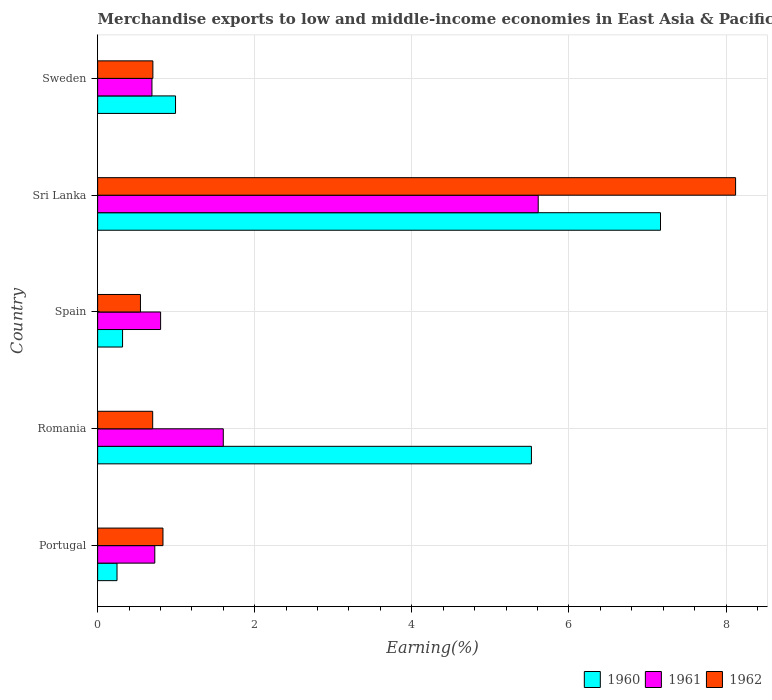
| Country | 1960 | 1961 | 1962 |
 | --- | --- | --- | --- |
 | Portugal | 0.247 | 0.728 | 0.832 |
 | Romania | 5.52 | 1.6 | 0.701 |
 | Spain | 0.317 | 0.802 | 0.545 |
 | Sri Lanka | 7.17 | 5.61 | 8.12 |
 | Sweden | 0.992 | 0.692 | 0.703 |